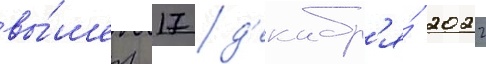
вы́шел 17 д'екабр'я́ 2022